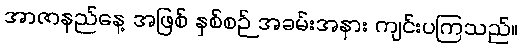
အာဇာနည်နေ့ အဖြစ် နှစ်စဉ် အခမ်းအနား ကျင်းပကြသည်။